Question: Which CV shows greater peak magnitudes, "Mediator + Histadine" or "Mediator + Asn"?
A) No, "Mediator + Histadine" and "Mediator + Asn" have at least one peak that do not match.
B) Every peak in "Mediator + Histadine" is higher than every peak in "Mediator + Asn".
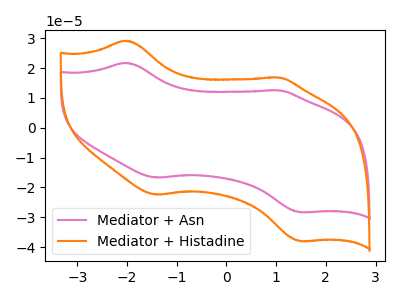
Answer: <think>The pink curve "Mediator + Asn" has anodic peaks at (-2.05V, 21.70uA) (1.00V, 12.50uA) and cathodic peaks at (-1.40V, -16.70uA) (1.50V, -28.30uA). The orange curve "Mediator + Histadine" has anodic peaks at (-2.05V, 29.15uA) (1.00V, 16.80uA) and cathodic peaks at (-1.40V, -22.40uA) (1.50V, -38.00uA).</think>
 <answer>B) Every peak in "Mediator + Histadine" is higher than every peak in "Mediator + Asn".</answer>
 <eval>B</eval>